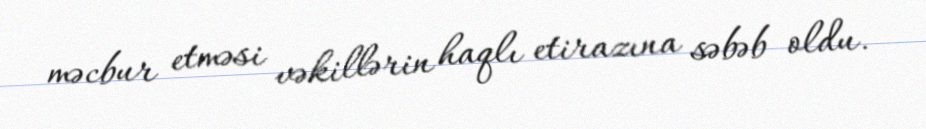
məcbur etməsi vəkillərin haqlı etirazına səbəb oldu.